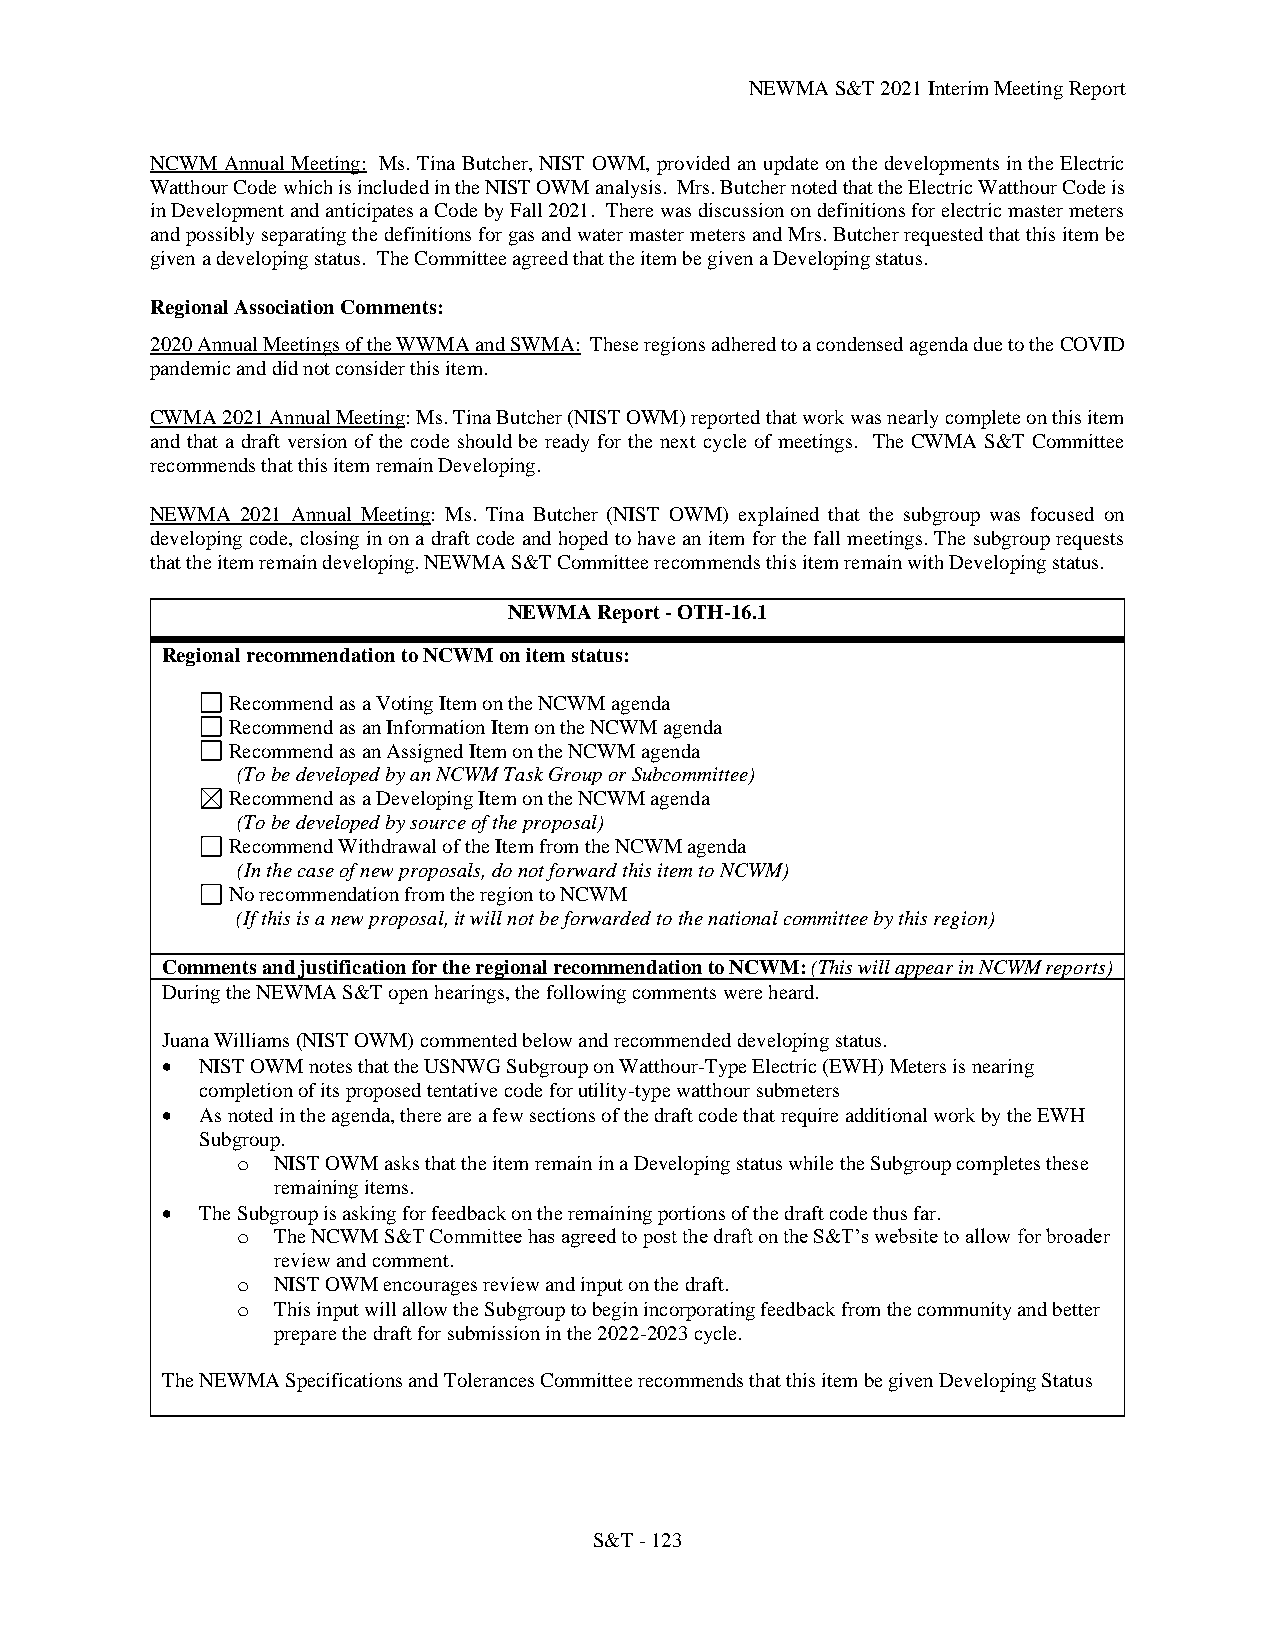
NEWMA S&T 2021 Interim Meeting Report
 NCWM Annual Meeting: Ms. Tina Butcher, NIST OWM, provided an update on the developments in the Electric
 Watthour Code which is included in the NIST OWM analysis. Mrs. Butcher noted that the Electric Watthour Code is
 in Development and anticipates a Code by Fall 2021. There was discussion on definitions for electric master meters
 and possibly separating the definitions for gas and water master meters and Mrs. Butcher requested that this item be
 given a developing status. The Committee agreed that the item be given a Developing status.
 Regional Association Comments:
 2020 Annual Meetings of the WWMA and SWMA: These regions adhered to a condensed agenda due to the COVID
 pandemic and did not consider this item.
 CWMA 2021 Annual Meeting: Ms. Tina Butcher (NIST OWM) reported that work was nearly complete on this item
 and that a draft version of the code should be ready for the next cycle of meetings. The CWMA S&T Committee
 recommends that this item remain Developing.
 NEWMA 2021 Annual Meeting: Ms. Tina Butcher (NIST OWM) explained that the subgroup was focused on
 developing code, closing in on a draft code and hoped to have an item for the fall meetings. The subgroup requests
 that the item remain developing. NEWMA S&T Committee recommends this item remain with Developing status.
 NEWMA Report - OTH-16.1
 Regional recommendation to NCWM on item status:
 Recommend as a Voting Item on the NCWM agenda
 Recommend as an Information Item on the NCWM agenda
 Recommend as an Assigned Item on the NCWM agenda
 (To be developed by an NCWM Task Group or Subcommittee)
 Recommend as a Developing Item on the NCWM agenda
 (To be developed by source of the proposal)
 Recommend Withdrawal of the Item from the NCWM agenda
 (In the case of new proposals, do not forward this item to NCWM)
 No recommendation from the region to NCWM
 (If this is a new proposal, it will not be forwarded to the national committee by this region)
 Comments and justification for the regional recommendation to NCWM: (This will appear in NCWM reports)
 During the NEWMA S&T open hearings, the following comments were heard.
 Juana Williams (NIST OWM) commented below and recommended developing status.
 • NIST OWM notes that the USNWG Subgroup on Watthour-Type Electric (EWH) Meters is nearing
 completion of its proposed tentative code for utility-type watthour submeters
 • As noted in the agenda, there are a few sections of the draft code that require additional work by the EWH
 Subgroup.
 o NIST OWM asks that the item remain in a Developing status while the Subgroup completes these
 remaining items.
 • The Subgroup is asking for feedback on the remaining portions of the draft code thus far.
 o The NCWM S&T Committee has agreed to post the draft on the S&T’s website to allow for broader
 review and comment.
 o NIST OWM encourages review and input on the draft.
 o This input will allow the Subgroup to begin incorporating feedback from the community and better
 prepare the draft for submission in the 2022-2023 cycle.
 The NEWMA Specifications and Tolerances Committee recommends that this item be given Developing Status
 S&T - 123